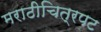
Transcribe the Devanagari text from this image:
मराठीचित्रपट